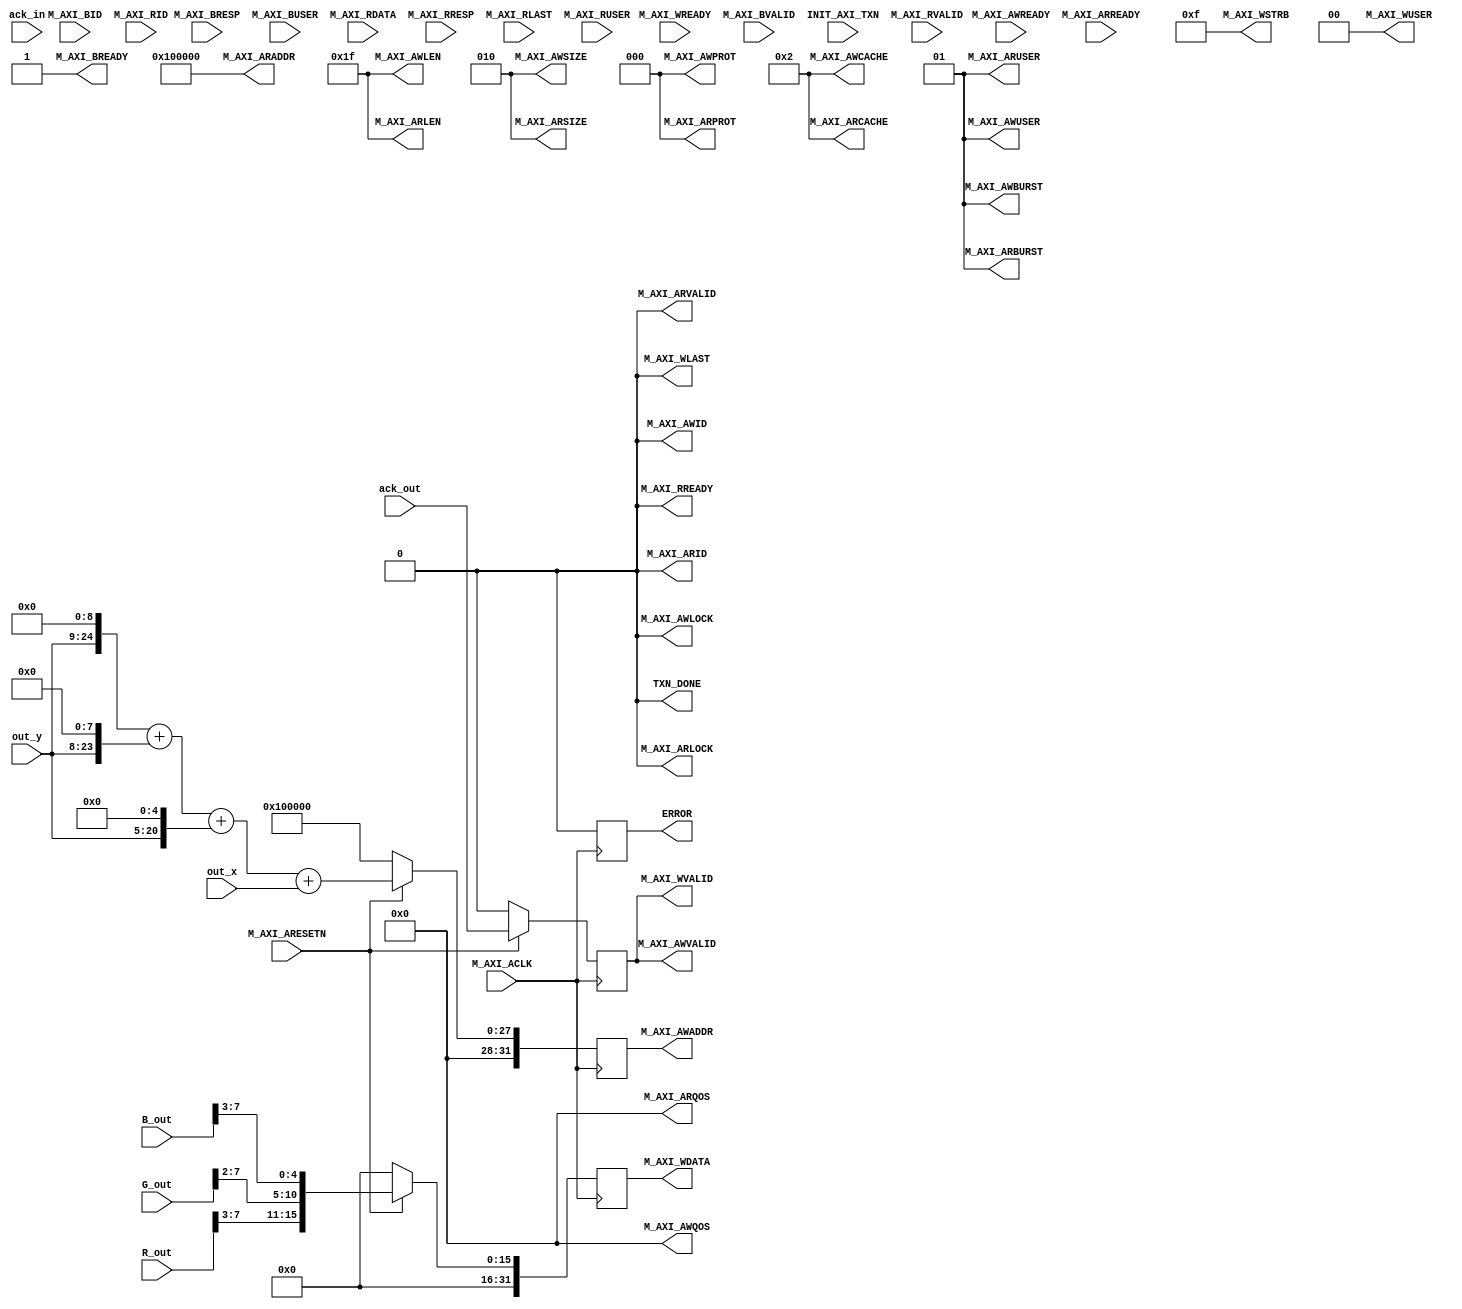
`timescale 1ns / 1ps
//////////////////////////////////////////////////////////////////////////////////
// Company: 
// Engineer: 
// 
// Design Name: 
// Module Name: gpu_axi
// Project Name: 
// Target Devices: 
// Tool Versions: 
// Description: 
// 
// Dependencies: 
// 
// Revision:
// Revision 0.01 - File Created
// Additional Comments:
// 
//////////////////////////////////////////////////////////////////////////////////


module gpu_axi #
(
	parameter integer C_M_AXI_ADDR_WIDTH = 32,
	parameter integer C_M_AXI_DATA_WIDTH = 32,
	parameter  C_M_TARGET_SLAVE_BASE_ADDR = 32'h00100000,
	// Burst Length. Supports 1, 2, 4, 8, 16, 32, 64, 128, 256 burst lengths
	parameter integer C_M_AXI_BURST_LEN	= 32,
	parameter integer C_M_AXI_NUMBER_OF_BURST = 25,
	parameter integer C_BITS_WIDTH_FOR_NUMB_OF_BURST = 5,

    parameter integer C_M_AXI_ID_WIDTH	= 1,
    parameter integer C_M_AXI_AWUSER_WIDTH	= 0,
    parameter integer C_M_AXI_ARUSER_WIDTH	= 0,
    parameter integer C_M_AXI_WUSER_WIDTH	= 0,
    parameter integer C_M_AXI_RUSER_WIDTH	= 0,
    parameter integer C_M_AXI_BUSER_WIDTH	= 0
)
(
	input wire [15:0] out_x,
	input wire [15:0] out_y,
    input wire ack_out,
	input wire ack_in,
	input wire [7:0] R_out,
	input wire [7:0] G_out,
	input wire [7:0] B_out,

    input wire  M_AXI_ACLK,
	input wire  M_AXI_ARESETN,

	output wire [C_M_AXI_ADDR_WIDTH-1 : 0] M_AXI_AWADDR,
	output wire [7 : 0] M_AXI_AWLEN,
	output wire [2 : 0] M_AXI_AWSIZE, 
	output wire [1 : 0] M_AXI_AWBURST,
	output wire  M_AXI_AWVALID,
    input wire  M_AXI_AWREADY,

    output wire [C_M_AXI_DATA_WIDTH-1 : 0] M_AXI_WDATA,
    output wire [C_M_AXI_DATA_WIDTH/8-1 : 0] M_AXI_WSTRB,
    output wire  M_AXI_WLAST,
    output wire  M_AXI_WVALID,
    input wire  M_AXI_WREADY,

    input wire [1 : 0] M_AXI_BRESP,
    input wire  M_AXI_BVALID,
    output wire  M_AXI_BREADY, 

///////////////////////////////////////
	input wire  INIT_AXI_TXN,
	output wire  TXN_DONE,
	output reg  ERROR,

	output wire [C_M_AXI_ID_WIDTH-1 : 0] M_AXI_AWID,
	output wire  M_AXI_AWLOCK,
	output wire [3 : 0] M_AXI_AWCACHE,
	output wire [2 : 0] M_AXI_AWPROT,
	output wire [3 : 0] M_AXI_AWQOS,
	output wire [C_M_AXI_AWUSER_WIDTH-1 : 0] M_AXI_AWUSER,
	output wire [C_M_AXI_WUSER_WIDTH-1 : 0] M_AXI_WUSER,

	input wire [C_M_AXI_ID_WIDTH-1 : 0] M_AXI_BID,
	input wire [C_M_AXI_BUSER_WIDTH-1 : 0] M_AXI_BUSER,

	output wire [C_M_AXI_ID_WIDTH-1 : 0] M_AXI_ARID,
	output wire [C_M_AXI_ADDR_WIDTH-1 : 0] M_AXI_ARADDR,
	output wire [7 : 0] M_AXI_ARLEN,
	output wire [2 : 0] M_AXI_ARSIZE,
	output wire [1 : 0] M_AXI_ARBURST,
	output wire  M_AXI_ARLOCK,
	output wire [3 : 0] M_AXI_ARCACHE,
	output wire [2 : 0] M_AXI_ARPROT,
	output wire [3 : 0] M_AXI_ARQOS,
	output wire [C_M_AXI_ARUSER_WIDTH-1 : 0] M_AXI_ARUSER,
	output wire  M_AXI_ARVALID,
	input wire  M_AXI_ARREADY,

	input wire [C_M_AXI_ID_WIDTH-1 : 0] M_AXI_RID,
	input wire [C_M_AXI_DATA_WIDTH-1 : 0] M_AXI_RDATA,
	input wire [1 : 0] M_AXI_RRESP,
	input wire  M_AXI_RLAST,
	input wire [C_M_AXI_RUSER_WIDTH-1 : 0] M_AXI_RUSER,
	input wire  M_AXI_RVALID,
	output wire  M_AXI_RREADY
	);

	//FUNCTIONS//////////////////////////////////////
	/////////////////////////////////////////////////
	// function called clogb2 that returns an integer which has the
	//value of the ceiling of the log base 2                
	function integer clogb2 (input integer bit_depth);              
	begin                                                           
		for(clogb2=0; bit_depth>0; clogb2=clogb2+1)                   
			bit_depth = bit_depth >> 1;                                 
	end                                                           
	endfunction

	//LOCALPARAMS///////////////////////////////////
	////////////////////////////////////////////////
	localparam integer C_TRANSACTIONS_NUM = clogb2(C_M_AXI_BURST_LEN-1);
	localparam HOR_BLANK_START = 1920;

	//VARIABLES////////////////////////////////////
	///////////////////////////////////////////////
	wire [C_TRANSACTIONS_NUM+2:0] burst_size_bytes;
	reg [C_M_AXI_ADDR_WIDTH-1:0] write_addr_reg; wire [C_M_AXI_ADDR_WIDTH-1:0] next_write_addr_reg;
	reg valid_reg; wire next_valid_reg;
	reg [C_M_AXI_DATA_WIDTH-1:0] data_reg; wire [C_M_AXI_DATA_WIDTH-1:0] next_data_reg;
	
	// I/O CCONNECTIONS ASSIGNEMENTS////////////////
	////////////////////////////////////////////////
	assign M_AXI_AWBURST = 2'b01;
	assign M_AXI_AWLEN	= C_M_AXI_BURST_LEN - 1;
	assign M_AXI_AWSIZE	= clogb2((C_M_AXI_DATA_WIDTH/8)-1);
	assign burst_size_bytes	= C_M_AXI_BURST_LEN * C_M_AXI_DATA_WIDTH/8;
	assign M_AXI_AWADDR = write_addr_reg;
	assign M_AXI_AWVALID = valid_reg;
	assign M_AXI_WDATA = data_reg;
	assign M_AXI_WSTRB = {(C_M_AXI_DATA_WIDTH/8){1'b1}};
	assign M_AXI_WLAST = 1'b0;
	assign M_AXI_WVALID = valid_reg;
	assign M_AXI_BREADY = 1'b1;

	assign TXN_DONE = 1'b0;
	assign M_AXI_AWID	= 'b0;
	assign M_AXI_AWLOCK	= 1'b0;
	assign M_AXI_AWCACHE	= 4'b0010;
	assign M_AXI_AWPROT	= 3'h0;
	assign M_AXI_AWQOS	= 4'h0;
	assign M_AXI_AWUSER	= 'b1;

	assign M_AXI_WUSER	= 'b0;

	assign M_AXI_ARID	= 'b0;
	assign M_AXI_ARADDR	= C_M_TARGET_SLAVE_BASE_ADDR;
	assign M_AXI_ARLEN	= C_M_AXI_BURST_LEN - 1;
	assign M_AXI_ARSIZE	= clogb2((C_M_AXI_DATA_WIDTH/8)-1);
	assign M_AXI_ARBURST	= 2'b01;
	assign M_AXI_ARLOCK	= 1'b0;
	assign M_AXI_ARCACHE	= 4'b0010;
	assign M_AXI_ARPROT	= 3'h0;
	assign M_AXI_ARQOS	= 4'h0;
	assign M_AXI_ARUSER	= 'b1;
	assign M_AXI_ARVALID	= 0;
	assign M_AXI_RREADY	= 0;
	
	//MAIN CODE////////////////////////////////////
	///////////////////////////////////////////////
	always@(posedge M_AXI_ACLK)
	begin
	   ERROR <= 0;
	end

	always@(posedge M_AXI_ACLK)                                                             	                                                                     
		if (M_AXI_ARESETN == 0)                                         
		begin                                                          
			write_addr_reg <=  C_M_TARGET_SLAVE_BASE_ADDR;
			valid_reg <= 1'b0;
			data_reg <= 0;                                   
		end else                
        begin                                                          
			write_addr_reg <= next_write_addr_reg;
			valid_reg <= next_valid_reg;
			data_reg <= next_data_reg;                            
		end

	assign next_write_addr_reg = (out_y<<<9)+(out_y<<<8)+(out_y<<<5)+out_x;
	assign next_valid_reg = ack_out;
	assign next_data_reg = {16'd0 ,R_out[7:3], G_out[7:2], B_out[7:3]};
        
endmodule